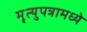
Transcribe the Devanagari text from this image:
मृ्त्युपत्रामध्ये